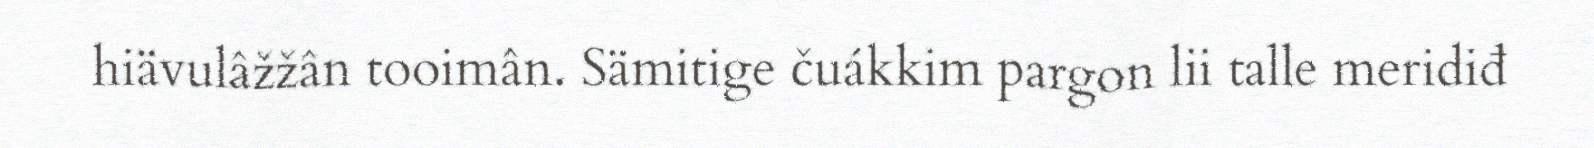
hiävulâžžân tooimân. Sämitige čuákkim pargon lii talle meridiđ